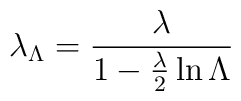
\lambda_{\Lambda}={\lambda\over 1-{\lambda\over 2}\ln\Lambda}